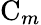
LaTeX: \mathrm{C}_{m}